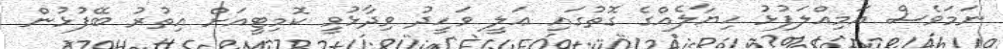
ނަމަވެސް އަމިއްލަފުޅު ހިޔާލެއްގެ ގޮތުގައި ޢަލީ ވަހީދު ވިދާޅުވީ ކޮމިޓީއަށް އިތުރު ބޭފުޅުން